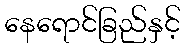
နေရောင်ခြည်နှင့်